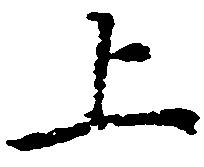
上